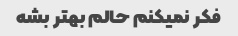
فکر نمیکنم حالم بهتر بشه